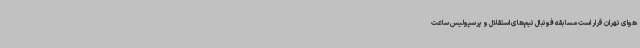
هوای تهران قرار است مسابقه فوتبال تیم‌های استقلال و پرسپولیس ساعت